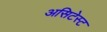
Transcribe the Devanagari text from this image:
असिटेस्ट